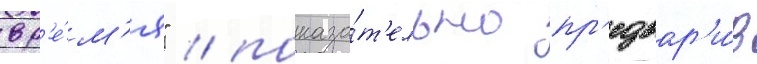
вр'е́м'я" / показа́т'ельно пр'едвар'и́в